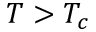
T > T _ { c }